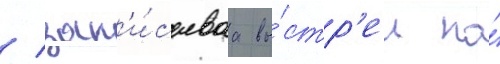
/ зап'и́сываа вы́стр'ел на́